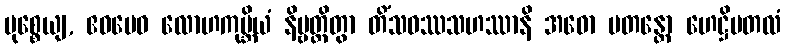
မုစ္စေယျ, ဧဝမေဝ လောဟကုမ္ဘိယံ နိဗ္ဗတ္တိတွာ တိံသဝဿသဟဿာနိ အဓော ပတန္တော ဟေဋ္ဌိမတလံ